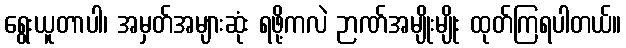
ရွေးယူတာပါ၊ အမှတ်အများဆုံး ရဖို့ကလဲ ဉာဏ်အမျိုးမျိုး ထုတ်ကြရပါတယ်။